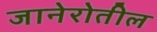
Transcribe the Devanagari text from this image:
जानेरोतील